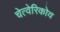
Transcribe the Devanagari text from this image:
चेत्वेरिकोव